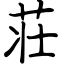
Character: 荘